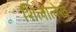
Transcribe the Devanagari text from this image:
शिलालेखे